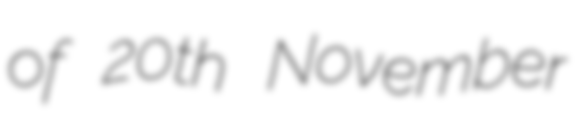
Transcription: of 20th November